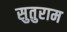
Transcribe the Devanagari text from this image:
सुतुराम